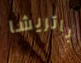
باتريشا